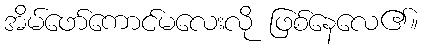
အိမ်ဖော်ကောင်မလေးလို ဖြစ်နေလေ၏။